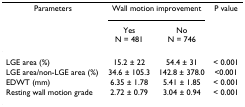
<table><thead><tr><td><b>Parameters</b></td><td colspan="2"><b>Wall motion improvement</b></td><td><b>P value</b></td></tr><tr><td></td><td><b>YesN = 481</b></td><td><b>NoN = 746</b></td><td></td></tr></thead><tbody><tr><td>LGE area (%)</td><td>15.2 ± 22</td><td>54.4 ± 31</td><td>&lt; 0.001</td></tr><tr><td>LGE area/non-LGE area (%)</td><td>34.6 ± 105.3</td><td>142.8 ± 378.0</td><td>&lt;0.001</td></tr><tr><td>EDWT (mm)</td><td>6.35 ± 1.78</td><td>5.41 ± 1.85</td><td>&lt; 0.001</td></tr><tr><td>Resting wall motion grade</td><td>2.72 ± 0.79</td><td>3.04 ± 0.94</td><td>&lt; 0.001</td></tr></tbody></table>